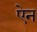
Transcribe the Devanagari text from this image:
एेन